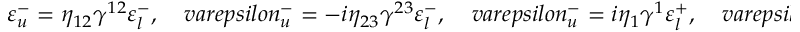
\varepsilon _ { u } ^ { - } = \eta _ { 1 2 } \gamma ^ { 1 2 } \varepsilon _ { l } ^ { - } , \ \ \ \ \, v a r e p s i l o n _ { u } ^ { - } = - i \eta _ { 2 3 } \gamma ^ { 2 3 } \varepsilon _ { l } ^ { - } , \ \ \ \ \, v a r e p s i l o n _ { u } ^ { - } = i \eta _ { 1 } \gamma ^ { 1 } \varepsilon _ { l } ^ { + } , \ \ \ \ \, v a r e p s i l o n _ { u } ^ { - } = - \eta _ { 3 } \gamma ^ { 3 } \varepsilon _ { l } ^ { + } .